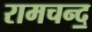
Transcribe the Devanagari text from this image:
रामचन्द॒